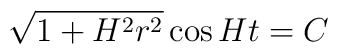
\sqrt{1+H^2r^2}\cos Ht=C